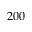
2 0 0